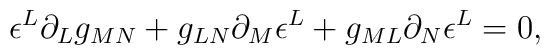
\epsilon^L \partial_L g_{MN}    + g_{LN} \partial_M \epsilon^L + g_{ML} \partial_N \epsilon^L = 0,